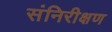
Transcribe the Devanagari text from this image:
संनिरीक्षण